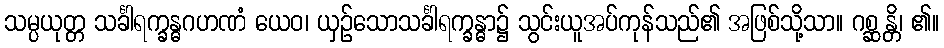
သမ္ပယုတ္တ သင်္ခါရက္ခန္ဓဂဟဏံ ယေဝ၊ ယှဉ်သောသင်္ခါရက္ခန္ဓာ၌ သွင်းယူအပ်ကုန်သည်၏ အဖြစ်သို့သာ။ ဂစ္ဆန္တိ၊ ၏။